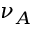
\nu _ { A }